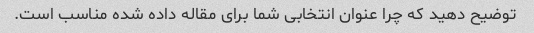
توضیح دهید که چرا عنوان انتخابی شما برای مقاله داده شده مناسب است.